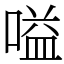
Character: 嗌